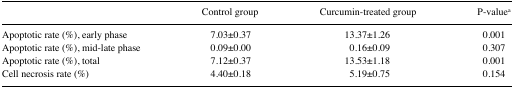
|  | Control group | Curcumin-treated group | P-valuea |
 | --- | --- | --- | --- |
 | Apoptotic rate (%), early phase | 7.03±0.37 | 13.37±1.26 | 0.001 |
 | Apoptotic rate (%), mid-late phase | 0.09±0.00 | 0.16±0.09 | 0.307 |
 | Apoptotic rate (%), total | 7.12±0.37 | 13.53±1.18 | 0.001 |
 | Cell necrosis rate (%) | 4.40±0.18 | 5.19±0.75 | 0.154 |